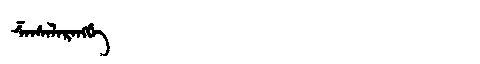
Manchu: ᡯᠠᠨᠰᡝᠯᠠᡵᠠᠩᡤᡝ
Romanization: DZANSELARANGGE